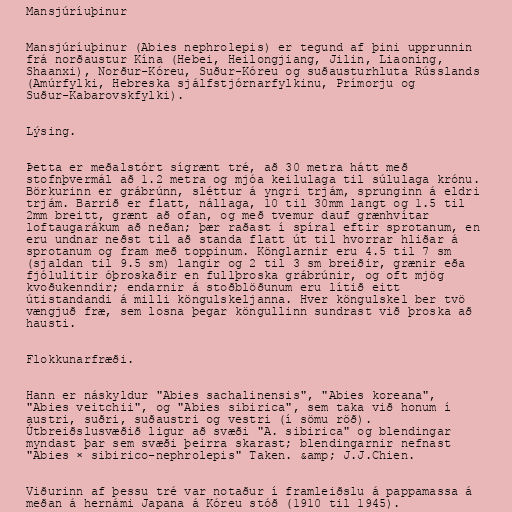
Mansjúríuþinur

Mansjúríuþinur (Abies nephrolepis) er tegund af þini upprunnin
frá norðaustur Kína (Hebei, Heilongjiang, Jilin, Liaoning,
Shaanxi), Norður-Kóreu, Suður-Kóreu og suðausturhluta Rússlands
(Amúrfylki, Hebreska sjálfstjórnarfylkinu, Prímorju og
Suður-Kabarovskfylki).

Lýsing.

Þetta er meðalstórt sígrænt tré, að 30 metra hátt með
stofnþvermál að 1.2 metra og mjóa keilulaga til súlulaga krónu.
Börkurinn er grábrúnn, sléttur á yngri trjám, sprunginn á eldri
trjám. Barrið er flatt, nállaga, 10 til 30mm langt og 1.5 til
2mm breitt, grænt að ofan, og með tvemur dauf grænhvítar
loftaugarákum að neðan; þær raðast í spíral eftir sprotanum, en
eru undnar neðst til að standa flatt út til hvorrar hliðar á
sprotanum og fram með toppinum. Könglarnir eru 4.5 til 7 sm
(sjaldan til 9.5 sm) langir og 2 til 3 sm breiðir, grænir eða
fjólulitir óþroskaðir en fullþroska grábrúnir, og oft mjög
kvoðukenndir; endarnir á stoðblöðunum eru lítið eitt
útistandandi á milli köngulskeljanna. Hver köngulskel ber tvö
vængjuð fræ, sem losna þegar köngullinn sundrast við þroska að
hausti.

Flokkunarfræði.

Hann er náskyldur "Abies sachalinensis", "Abies koreana",
"Abies veitchii", og "Abies sibirica", sem taka við honum í
austri, suðri, suðaustri og vestri (í sömu röð).
Útbreiðslusvæðið ligur að svæði "A. sibirica" og blendingar
myndast þar sem svæði þeirra skarast; blendingarnir nefnast
"Abies × sibirico-nephrolepis" Taken. &amp; J.J.Chien.

Viðurinn af þessu tré var notaður í framleiðslu á pappamassa á
meðan á hernámi Japana á Kóreu stóð (1910 til 1945).